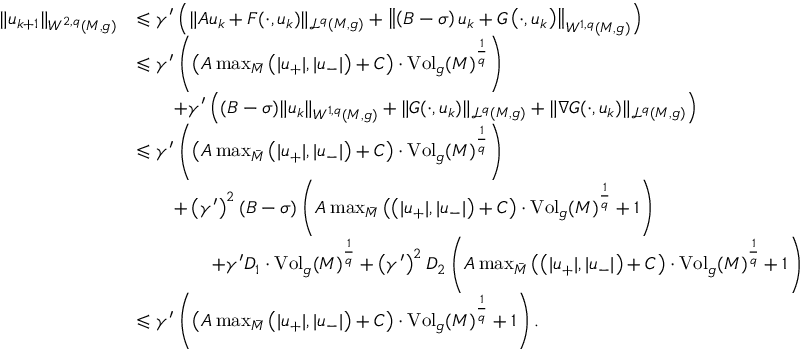
\begin{array} { r l } { \lVert u _ { k + 1 } \rVert _ { W ^ { 2 , q } ( M , g ) } } & { \leqslant \gamma ^ { \prime } \left( \lVert A u _ { k } + F ( \cdot , u _ { k } ) \rVert _ { \mathcal L ^ { q } ( M , g ) } + \left\lVert \left( B - \sigma \right) u _ { k } + G \left( \cdot , u _ { k } \right) \right\rVert _ { W ^ { 1 , q } ( M , g ) } \right) } \\ & { \leqslant \gamma ^ { \prime } \left( \left( A \operatorname* { m a x } _ { \bar { M } } \left( \lvert u _ { + } \rvert , \lvert u _ { - } \rvert \right) + C \right) \cdot \mathrm { V o l } _ { g } ( M ) ^ { \frac { 1 } { q } } \right) } \\ & { \qquad + \gamma ^ { \prime } \left( ( B - \sigma ) \lVert u _ { k } \rVert _ { W ^ { 1 , q } ( M , g ) } + \lVert G ( \cdot , u _ { k } ) \rVert _ { \mathcal L ^ { q } ( M , g ) } + \lVert \nabla G ( \cdot , u _ { k } ) \rVert _ { \mathcal L ^ { q } ( M , g ) } \right) } \\ & { \leqslant \gamma ^ { \prime } \left( \left( A \operatorname* { m a x } _ { \bar { M } } \left( \lvert u _ { + } \rvert , \lvert u _ { - } \rvert \right) + C \right) \cdot \mathrm { V o l } _ { g } ( M ) ^ { \frac { 1 } { q } } \right) } \\ & { \qquad + \left( \gamma ^ { \prime } \right) ^ { 2 } ( B - \sigma ) \left( A \operatorname* { m a x } _ { \bar { M } } \left( \left( \lvert u _ { + } \rvert , \lvert u _ { - } \rvert \right) + C \right) \cdot \mathrm { V o l } _ { g } ( M ) ^ { \frac { 1 } { q } } + 1 \right) } \\ & { \qquad \qquad + \gamma ^ { \prime } D _ { 1 } \cdot \mathrm { V o l } _ { g } ( M ) ^ { \frac { 1 } { q } } + \left( \gamma ^ { \prime } \right) ^ { 2 } D _ { 2 } \left( A \operatorname* { m a x } _ { \bar { M } } \left( \left( \lvert u _ { + } \rvert , \lvert u _ { - } \rvert \right) + C \right) \cdot \mathrm { V o l } _ { g } ( M ) ^ { \frac { 1 } { q } } + 1 \right) } \\ & { \leqslant \gamma ^ { \prime } \left( \left( A \operatorname* { m a x } _ { \bar { M } } \left( \lvert u _ { + } \rvert , \lvert u _ { - } \rvert \right) + C \right) \cdot \mathrm { V o l } _ { g } ( M ) ^ { \frac { 1 } { q } } + 1 \right) . } \end{array}